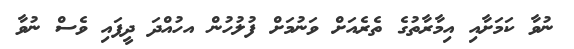
ނުވާ ކަމަށާއި އިމާރާތުގެ ތެރެއަށް ވަނުމަށް ފުލުހުން އހުއްދަ ދީފައި ވެސް ނުވާ